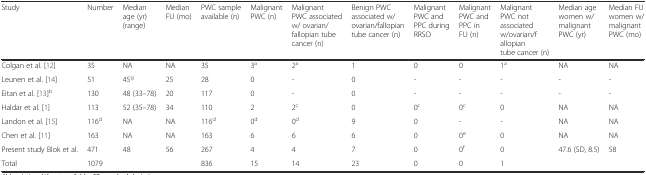
| Study | Number | Median age (yr) (range) | Median FU (mo) | PWC sample available (n) | Malignant PWC (n) | Malignant PWC associated w/ ovarian/fallopian tube cancer (n) | Benign PWC associated w/ovarian/fallopian tube cancer (n) | Malignant PWC and PPC during RRSO | Malignant PWC and PPC in FU (n) | Malignant PWC not associated w/ovarian/fallopian tube cancer (n) | Median age women w/malignant PWC (yr) | Median FU women w/malignant PWC (mo) |
 | --- | --- | --- | --- | --- | --- | --- | --- | --- | --- | --- | --- | --- |
 | Colgan et al. [12] | 35 | NA | NA | 35 | 3a | 2a | 1 | 0 | 0 | 1a | NA | NA |
 | Leunen et al. [14] | 51 | 45g | 25 | 28 | 0 | - | 0 | - | - | - | - | - |
 | Eitan et al. [13]b | 130 | 48 (33–78) | 20 | 117 | 0 | - | 0 | - | - | - | - | - |
 | Haldar et al. [1] | 113 | 52 (35–78) | 34 | 110 | 2 | 2c | 0 | 0c | 0c | 0 | NA | NA |
 | Landon et al. [15] | 116d | NA | NA | 116d | 0d | 0d | 9 | 0 | - | - | NA | NA |
 | Chen et al. [11] | 163 | NA | NA | 163 | 6 | 6 | 6 | 0 | 0e | 0 | NA | NA |
 | Present study Blok et al. | 471 | 48 | 56 | 267 | 4 | 4 | 7 | 0 | 0f | 0 | 47.6 (SD, 8.5) | 58 |
 | Total | 1079 |  |  | 836 | 15 | 14 | 23 | 0 | 0 | 1 |  |  |